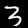
Label: 3